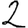
Digit: 2